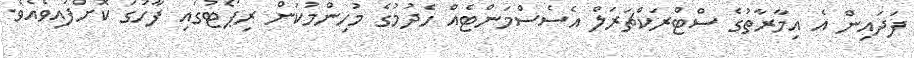
ފަދައިން އެ އިމާރާތުގެ ސްޓްރަކްޗަރަލް އެސެސްމަންޓެއް ހެދުމުގެ މުހިންމުކަން ރިޕޯޓުގައި ފާހަގަ ކޮށްފައިވެއެވެ.